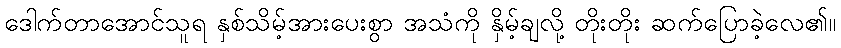
ဒေါက်တာအောင်သူရ နှစ်သိမ့်အားပေးစွာ အသံကို နှိမ့်ချလို့ တိုးတိုး ဆက်ပြောခဲ့လေ၏။